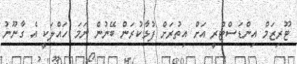
ޓޫރިޒަމް އިންޑަސްޓްރީ އަށް އިތުރަށް ފުޅާކުރަން ބޭނުން ނަމަ ހައްލަކީ އެ ގާނޫނު